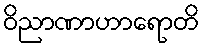
ဝိညာဏာဟာရောတိ